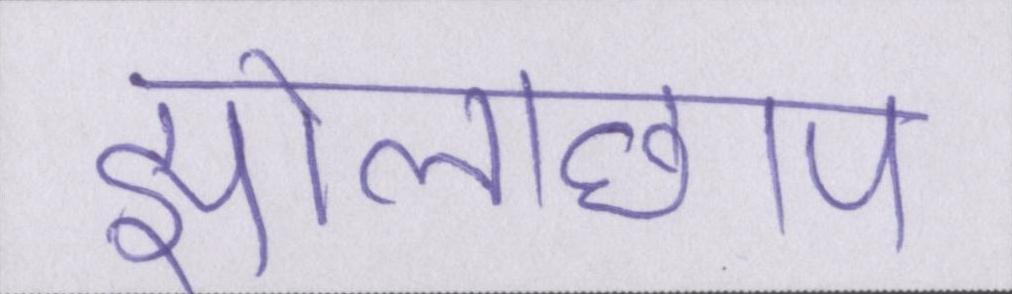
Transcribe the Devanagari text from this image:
झोलाछाप